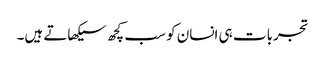
تجربات ہی انسان کو سب کچھ سیکھاتے ہیں۔